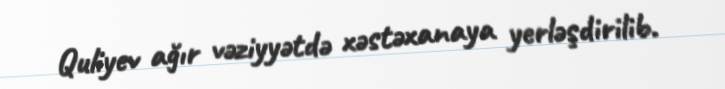
Quliyev ağır vəziyyətdə xəstəxanaya yerləşdirilib.